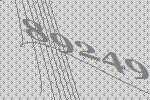
89249